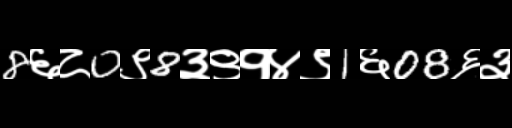
Text: 8६८0९8३९१४९1६08६३